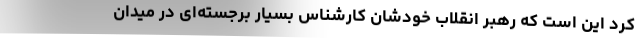
کرد این است که رهبر انقلاب خودشان کارشناس بسیار برجسته‌ای در میدان